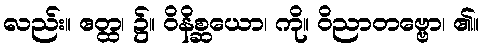
လည်း။ ဧတ္ထ၊ ၌။ ဝိနိစ္ဆယော၊ ကို။ ဝိညာတဗ္ဗော၊ ၏။